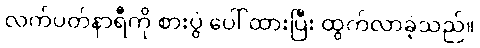
လက်ပတ်နာရီကို စားပွဲ ပေါ် ထားပြီး ထွက်လာခဲ့သည်။